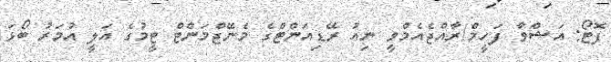
ފޮޓޯ: އަޝްވާ ފަހީމް/ރާއްޖެއެމްވީ ނިއު ރޭޑިއަންޓްގެ މެނޭޖްމަންޓް ޓީމުގެ އަލީ އުމަރު ބޯޅަ